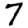
Digit: 7